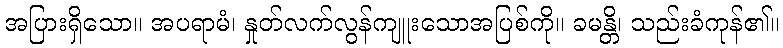
အပြားရှိသော။ အပရာမံ၊ နှုတ်လက်လွန်ကျူးသောအပြစ်ကို။ ခမန္တိ၊ သည်းခံကုန်၏။